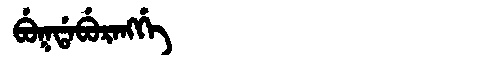
Manchu: ᠪᡠᡴᡩᠠᠪᡠᡵᠠᠩᡤᡝ
Romanization: BUKDABURANGGE